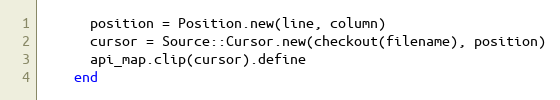
Language: Ruby
      position = Position.new(line, column)
      cursor = Source::Cursor.new(checkout(filename), position)
      api_map.clip(cursor).define
    end